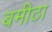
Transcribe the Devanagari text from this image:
बमीठा